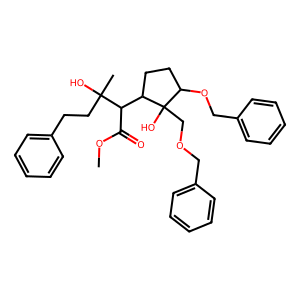
SMILES: COC(=O)C(C1CCC(OCc2ccccc2)C1(O)COCc1ccccc1)C(C)(O)CCc1ccccc1
Inhibits HIV replication: No